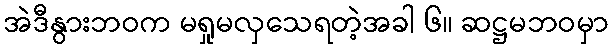
အဲဒီနွားဘဝက မရှုမလှသေရတဲ့အခါ ၆။ ဆဋ္ဌမဘဝမှာ